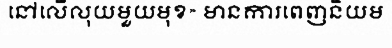
នៅលើលុយមួយមុខ» មានការពេញនិយម